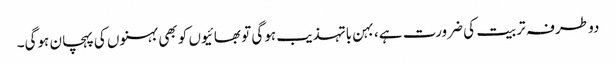
دو طرفہ تربیت کی ضرورت ہے، بہن باتہذیب ہوگی تو بھائیوں کو بھی بہنوں کی پہچان ہوگی۔